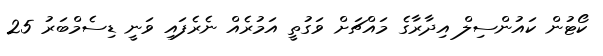
ކޯޓުން ކައުންސިލް އިދާރާގެ މައްޗަށް ވަގުތީ އަމުރެއް ނެރެފައި ވަނީ ޑިސެމްބަރު 25